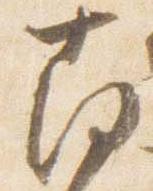
南